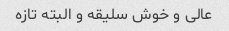
عالی و خوش سلیقه و البته تازه